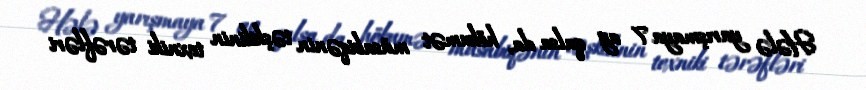
Hələ yarışmaya 7 ay qalsa da, hökumət müsabiqənin təşkilinin texniki tərəfləri